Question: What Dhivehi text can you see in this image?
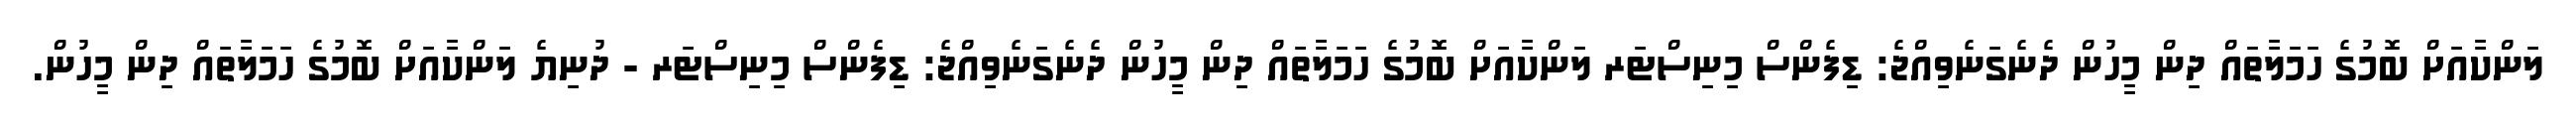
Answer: ލަންކާއަށް ބޮމުގެ ހަމަލާތައް ދިން މީހުން ދެނެގަނެވިއްޖެ: ޑިފެންސް މިނިސްޓަރ ލަންކާއަށް ބޮމުގެ ހަމަލާތައް ދިން މީހުން ދެނެގަނެވިއްޖެ: ޑިފެންސް މިނިސްޓަރ - ދުނިޔެ ލަންކާއަށް ބޮމުގެ ހަމަލާތައް ދިން މީހުން.